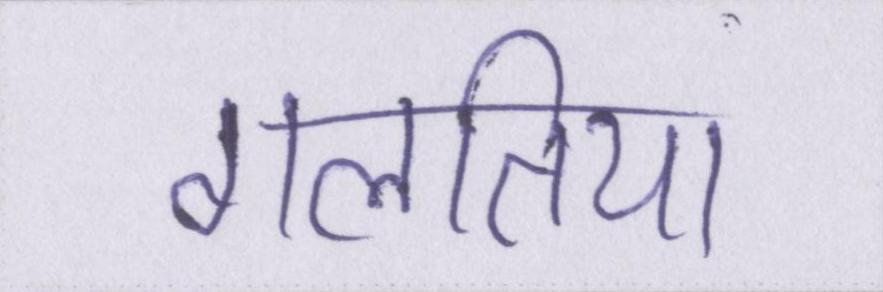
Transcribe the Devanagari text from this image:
गलतिया